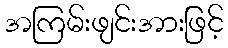
အကြမ်းဖျင်းအားဖြင့်